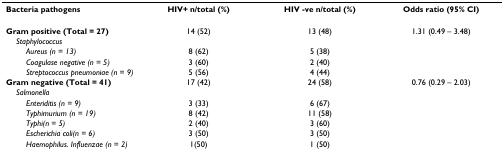
| Bacteria pathogens | HIV+ n/total (%) | HIV -ve n/total (%) | Odds ratio (95% CI) |
 | --- | --- | --- | --- |
 | Gram positive (Total = 27) | 14 (52) | 13 (48) | 1.31 (0.49 – 3.48) |
 | Staphylococcus |  |  |  |
 | Aureus (n = 13) | 8 (62) | 5 (38) |  |
 | Coagulase negative (n = 5) | 3 (60) | 2 (40) |  |
 | Streptococcus pneumoniae (n = 9) | 5 (56) | 4 (44) |  |
 | Gram negative (Total = 41) | 17 (42) | 24 (58) | 0.76 (0.29 – 2.03) |
 | Salmonella |  |  |  |
 | Enteriditis (n = 9) | 3 (33) | 6 (67) |  |
 | Typhimurium (n = 19) | 8 (42) | 11 (58) |  |
 | Typhi(n = 5) | 2 (40) | 3 (60) |  |
 | Escherichia coli(n = 6) | 3 (50) | 3 (50) |  |
 | Haemophilus. Influenzae (n = 2) | 1(50) | 1 (50) |  |